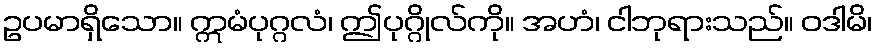
ဥပမာရှိသော။ ဣမံပုဂ္ဂလံ၊ ဤပုဂ္ဂိုလ်ကို။ အဟံ၊ ငါဘုရားသည်။ ဝဒါမိ၊